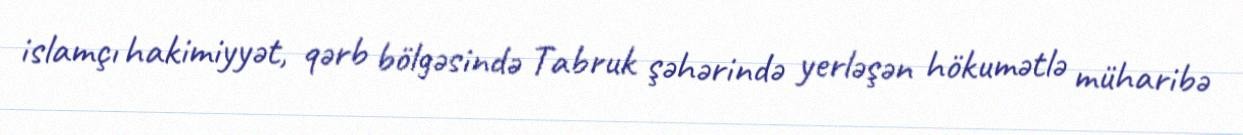
islamçı hakimiyyət, qərb bölgəsində Tabruk şəhərində yerləşən hökumətlə müharibə